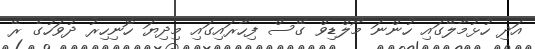
އަދި ހުޅުމާލޭގައި ހުންނަ މޯލްޑިވް ގޭސް ފިހާރައިގައި މިދިޔަ ހޮނިހިރު ދުވަހުގެ ރޭ